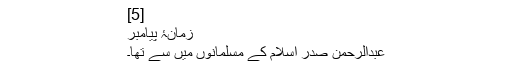
[5]
زمانۂ پیامبرؐ
عبدالرحمن صدر اسلام کے مسلمانوں میں سے تھا۔